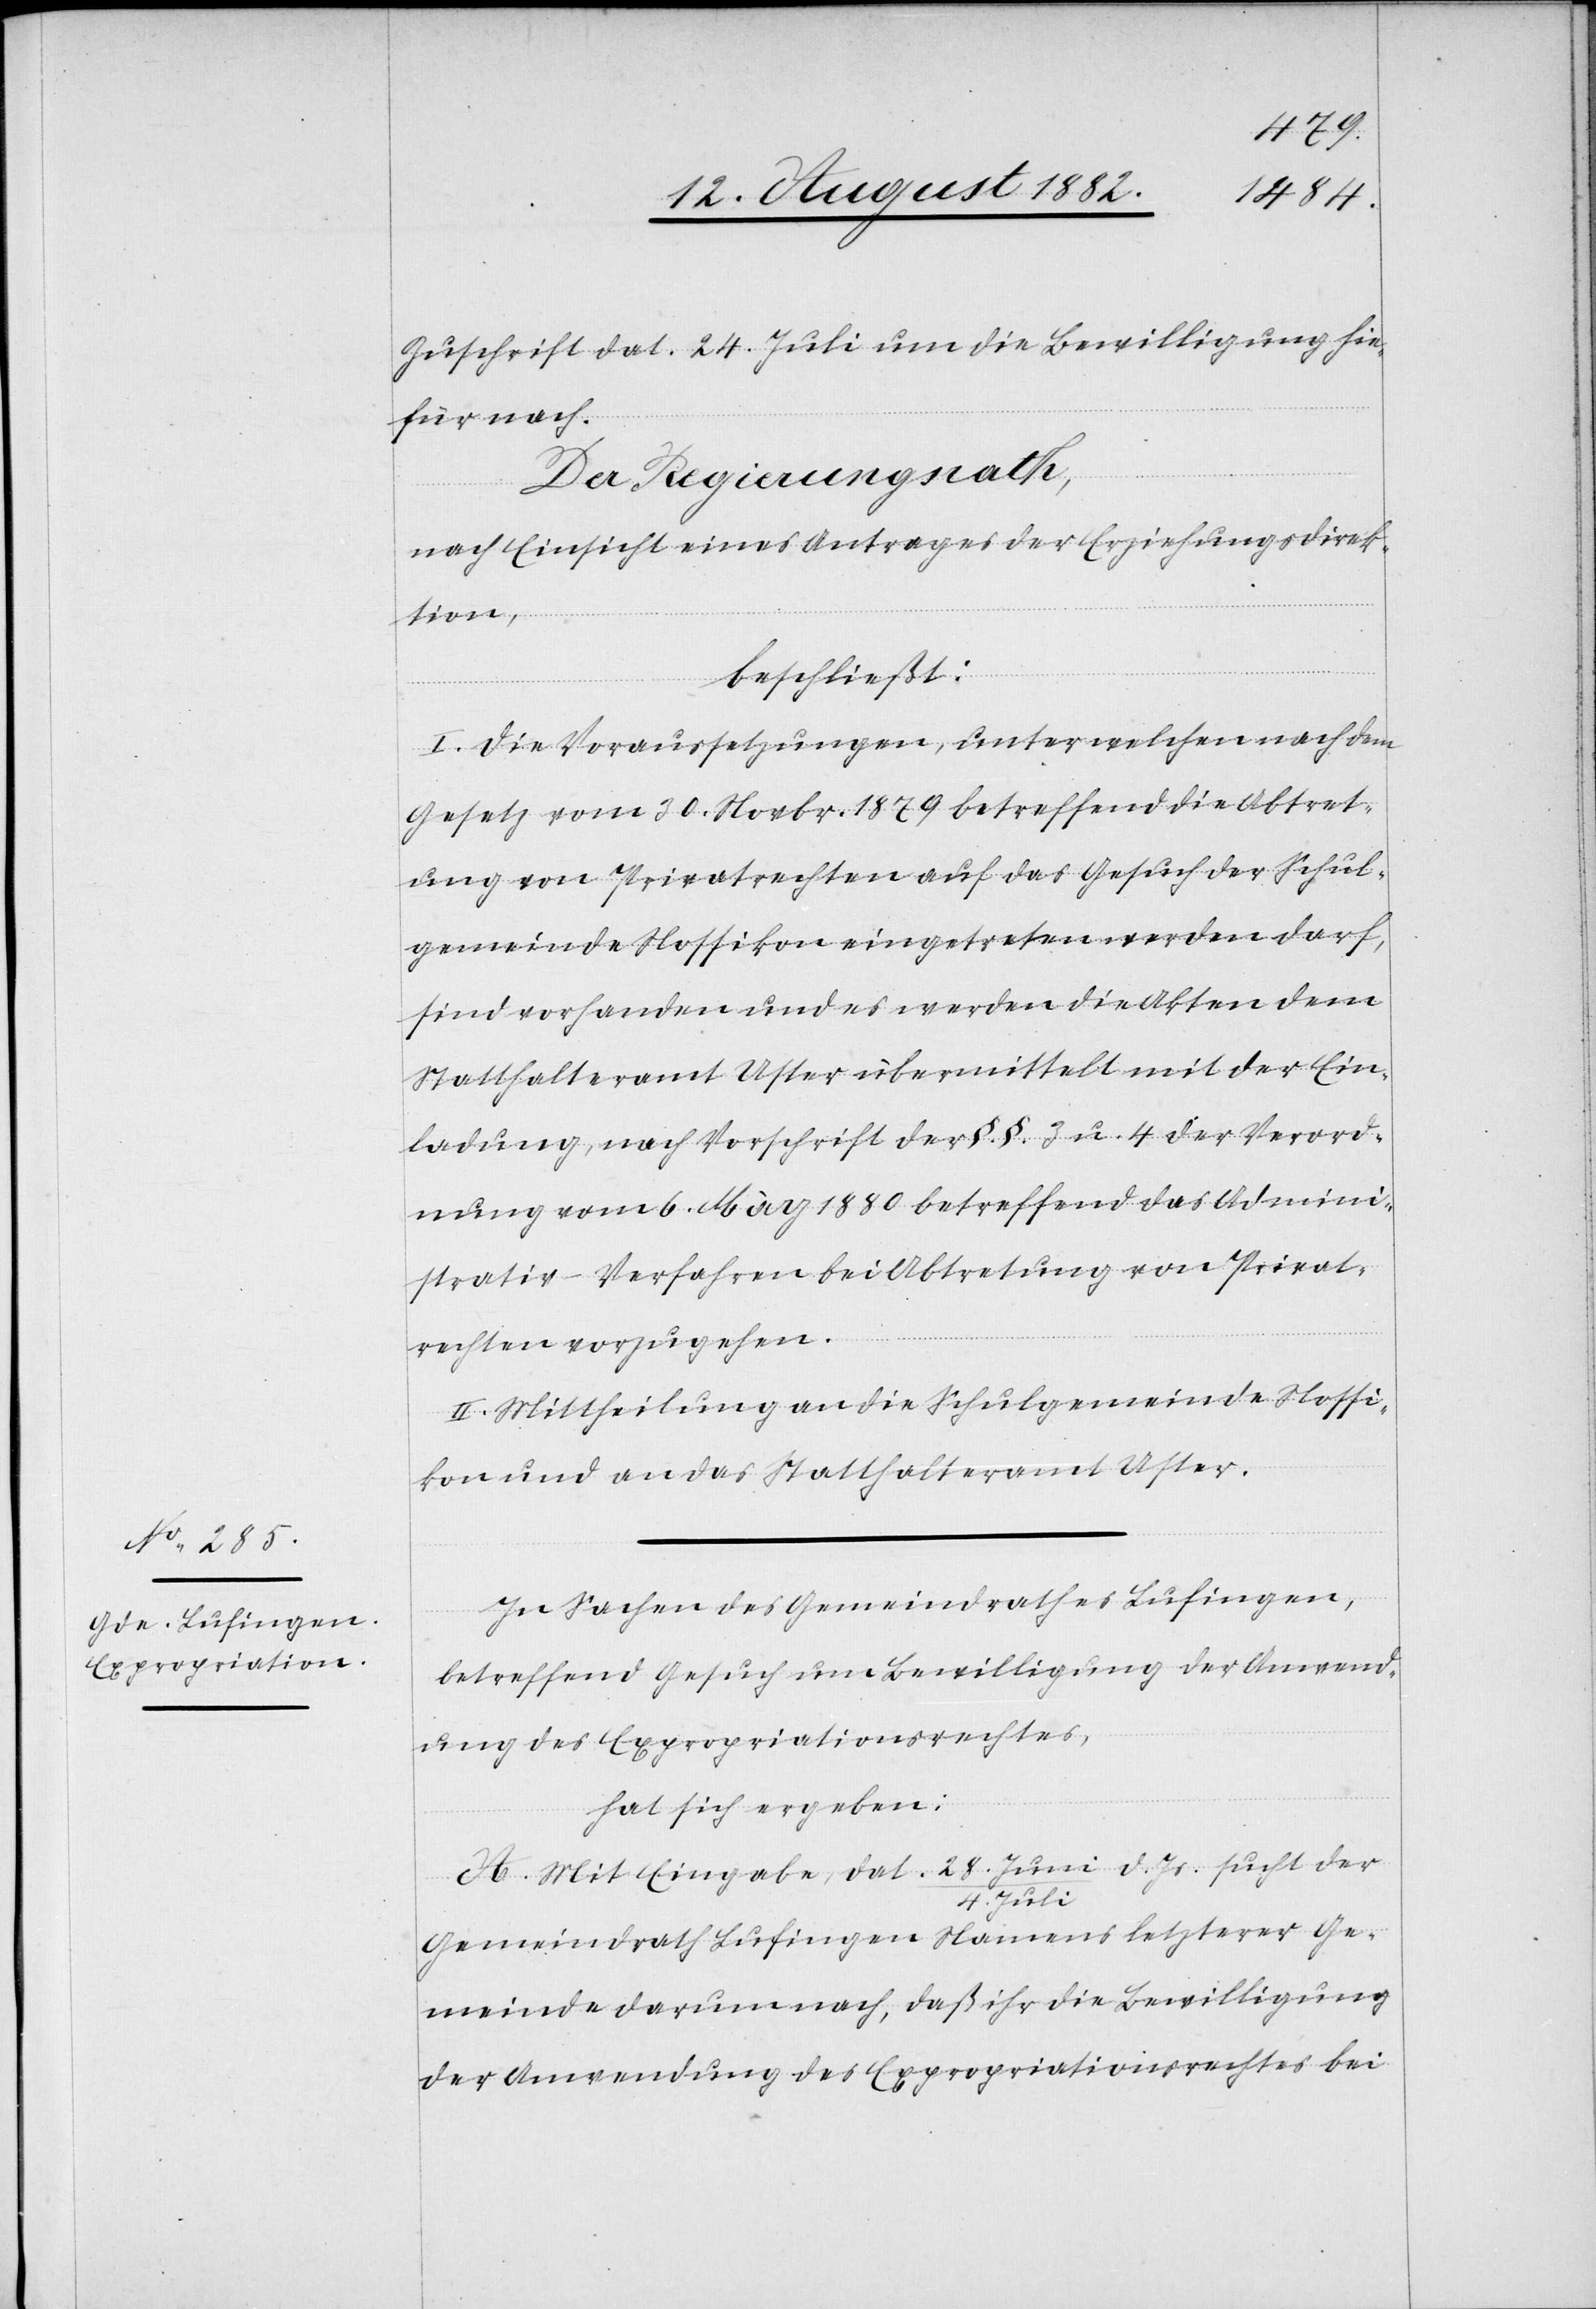
Zuschrift dat. 24. Juli um die Bewilligung hie¬
für nach.
Der Regierungsrath,
nach Einsicht eines Antrages der Erziehungsdirek¬
tion,
beschließt:
I. Die Voraussetzungen, unter welchen nach dem
Gesetz vom 30. Novbr. 1879 betreffend die Abtret¬
ung von Privatrechten auf das Gesuch der Schul¬
gemeinde Nossikon eingetreten werden darf,
sind vorhanden und es werden die Akten dem
Statthalteramt Uster übermittelt mit der Ein¬
ladung, nach Vorschrift der §. §. 3 u. 4 der Verord¬
nung vom 6. März 1880 betreffend das Admini¬
strativ-Verfahren bei Abtretung von Privat¬
rechten vorzugehen.
II. Mittheilung an die Schulgemeinde Nossi¬
kon und an das Statthalteramt Uster.
In Sachen des Gemeindrathes Lufingen,
betreffend Gesuch um Bewilligung der Anwend¬
ung des Expropriationsrechtes,
hat sich ergeben:
A. Mit Eingabe, dat. 28. Juni/4. Juli d. Js. sucht der
Gemeindrath Lufingen Namens letzterer Ge¬
meinde darum nach, daß ihr die Bewilligung
der Anwendung des Expropriationsrechtes bei